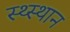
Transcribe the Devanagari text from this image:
स्‍थ्‍स्थान